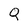
Character: Q